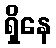
ရှိနေ